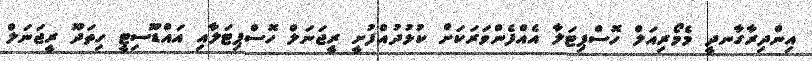
އިންދިރާގާނދީ މެމޯރިއަލް ހޮސްޕިޓަލާ އެއްފެންވަރަކަށް ކުޅުދުއްފުށީ ރީޖަނަލް ހޮސްޕިޓަލާއި އައްޑޫސިޓީ ހިތަދޫ ރީޖަނަލް